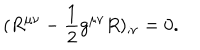
LaTeX: ( R ^ { \mu \nu } - \frac { 1 } { 2 } g ^ { \mu \nu } R ) _ { ; \nu } = 0 .